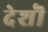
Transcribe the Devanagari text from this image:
देशॊ